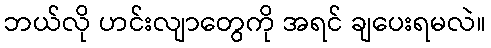
ဘယ်လို ဟင်းလျာတွေကို အရင် ချပေးရမလဲ။